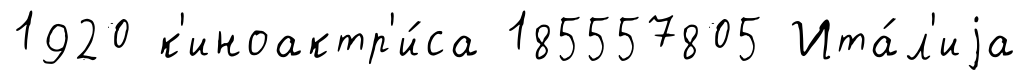
1920 к'иноактр'и́са 185557805 Ита́л'иjа